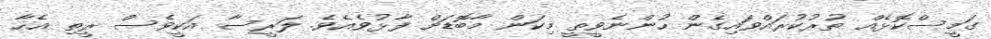
ގަމީސްކޮޅެއް ތުރުކުރައްވައިގެން ހުންނެވީތީ މިކަން މާބޮޑަށް ފާޅުވެއެވެ. ލަރީސާ އަކީވެސް ރީތި އެހާ